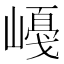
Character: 𡼛